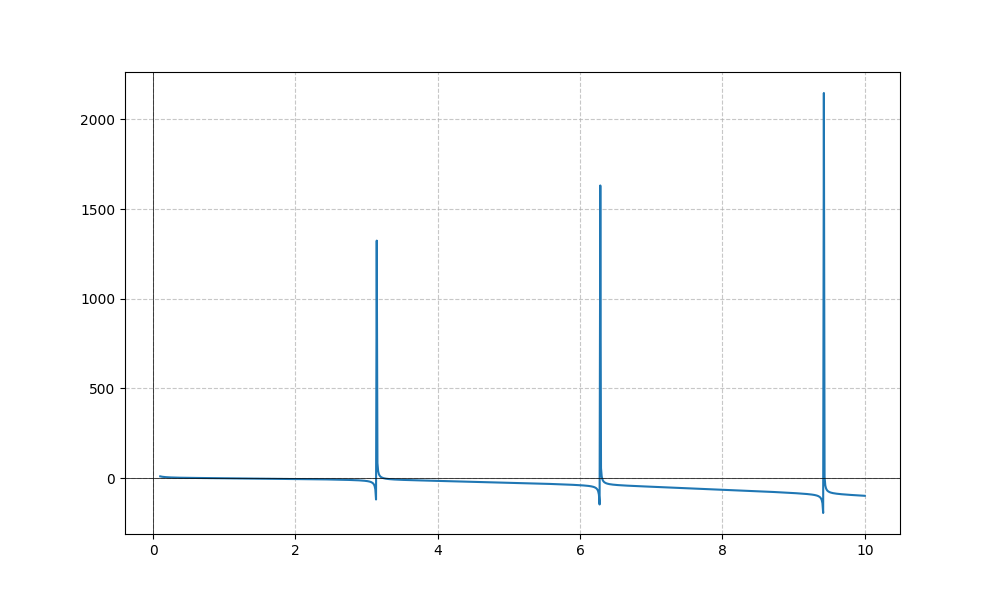
LaTeX formula: - x^{2} + \cot{\left(x \right)}